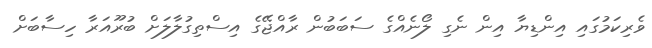
ވެރިކަމުގައި އިންޑިޔާ އިން ނެގި ލޯނެއްގެ ސަބަބުން ރާއްޖޭގެ އިސްތިގުލާލަށް ބުރޫއަރާ ހިސާބަށް